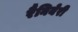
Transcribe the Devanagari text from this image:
रैनियेरी